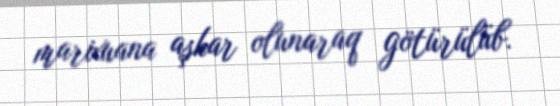
marixuana aşkar olunaraq götürülüb.